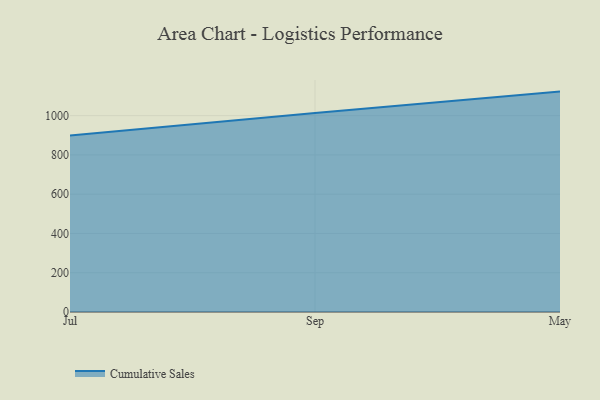
{"axis": {"x": "Month", "y": "Operating Costs (USD K)"}, "legend": ["Cumulative Sales"], "data": [{"x": "Jul", "y": 899.3, "type": "Cumulative Sales"}, {"x": "Sep", "y": 1014.0, "type": "Cumulative Sales"}, {"x": "May", "y": 1122.5, "type": "Cumulative Sales"}]}